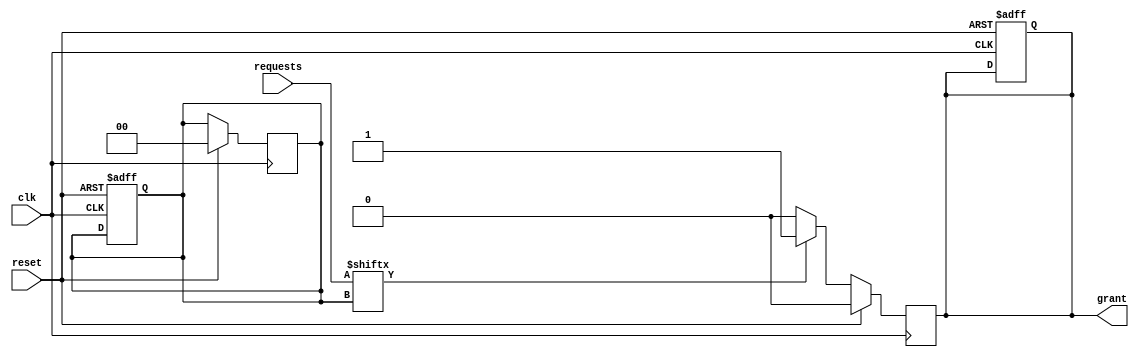
module round_robin_arbiter (
  input wire clk,
  input wire reset,
  input wire [3:0] requests,
  output reg grant
);

reg [3:0] priority;
reg [1:0] current_request;
reg [1:0] next_request;

// Initialization
always @ (posedge clk or posedge reset)
begin
  if (reset)
  begin
    priority <= 4'b1111;
    current_request <= 2'b00;
    next_request <= 2'b00;
    grant <= 1'b0;
  end
end

// Round-robin scheduling algorithm
always @ (posedge clk)
begin
  if (reset)
  begin
    priority <= 4'b1111;
    current_request <= 2'b00;
    next_request <= 2'b00;
    grant <= 1'b0;
  end
  else
  begin
    if (requests[current_request] == 1'b1)
    begin
      grant <= 1'b1;
    end
    else
    begin
      grant <= 1'b0;
      next_request = (current_request + 1) % 4;
    end
  end
end

endmodule